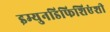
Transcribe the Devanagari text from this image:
इम्युनडिफिशिएंशी